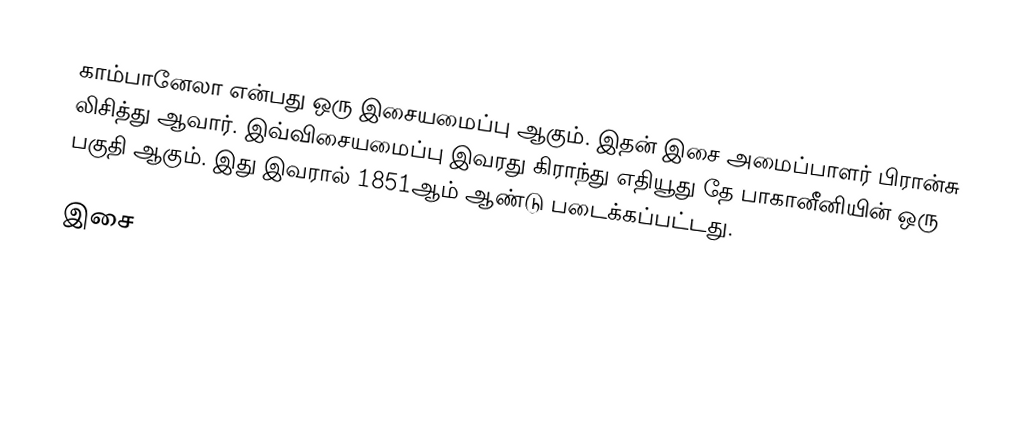
காம்பானேலா என்பது ஒரு இசையமைப்பு ஆகும். இதன் இசை அமைப்பாளர் பிரான்சு லிசித்து ஆவார். இவ்விசையமைப்பு இவரது கிராந்து எதியூது தே பாகானீனியின் ஒரு பகுதி ஆகும். இது இவரால் 1851ஆம் ஆண்டு படைக்கப்பட்டது.

இசை